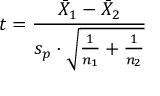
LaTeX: t = { \frac { { \bar { X } } _ { 1 } - { \bar { X } } _ { 2 } } { s _ { p } \cdot { \sqrt { { \frac { 1 } { n _ { 1 } } } + { \frac { 1 } { n _ { 2 } } } } } } }